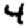
Digit: 4